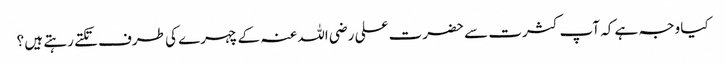
کیا وجہ ہے کہ آپ کثرت سے حضرت علی رضی اللہ عنہ کے چہرے کی طرف تکتے رہتے ہیں ؟